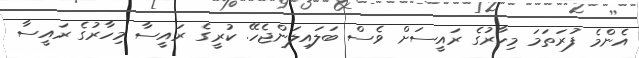
އެންމެ ފުރަަތަމަ މިހާރުގެ ރައީސަށް ވެސް ބަލައިލަންޖެހޭ. ކުރީގެ ރައީސާ މިހާރުގެ ރައީސާ